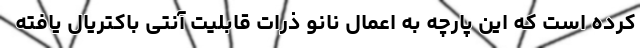
کرده است که این پارچه به اعمال نانو ذرات قابلیت آنتی باکتریال یافته